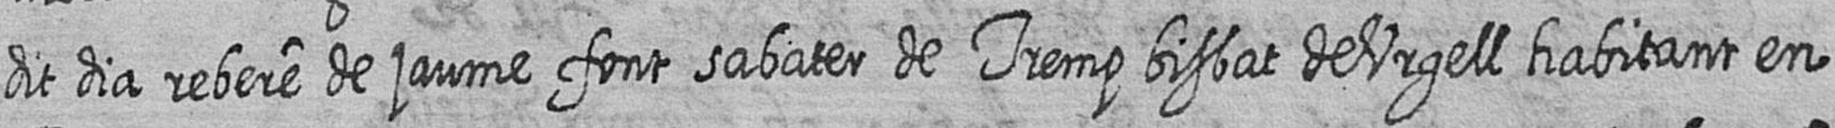
dit dia rebere de jaume font sabater de Tremp bisbat de Urgell habitant en